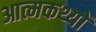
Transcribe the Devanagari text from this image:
आत्मकथ्यों